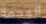
الهجمة